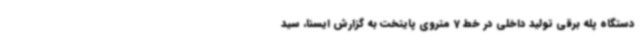
دستگاه پله برقی تولید داخلی در خط 7 متروی پایتخت به گزارش ایسنا، سید